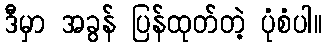
ဒီမှာ အခွန် ပြန်ထုတ်တဲ့ ပုံစံပါ။